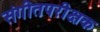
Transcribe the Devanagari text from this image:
संगीतपरीक्षक